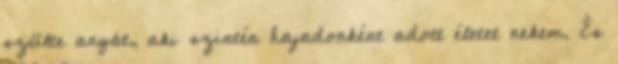
szülte anyát, aki szintén hajadonként adott életet nekem. És